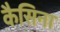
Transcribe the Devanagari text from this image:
कैसिना